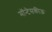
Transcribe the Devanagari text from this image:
मॉन्टेसकीऊ